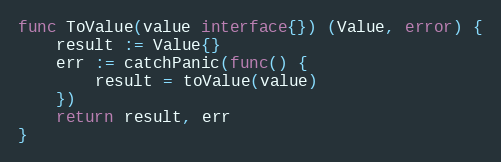
Language: Go
func ToValue(value interface{}) (Value, error) {
	result := Value{}
	err := catchPanic(func() {
		result = toValue(value)
	})
	return result, err
}